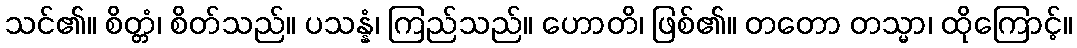
သင်၏။ စိတ္တံ၊ စိတ်သည်။ ပသန္နံ၊ ကြည်သည်။ ဟောတိ၊ ဖြစ်၏။ တတော တသ္မာ၊ ထိုကြောင့်။